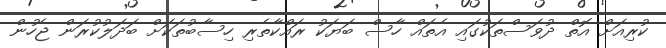
ކުރިއަށް އޮތް ދުވަސްތަކުގައި އެތައް ހާސް ބަޔަކު ރައްކާތެރި ހިސާބުތަކަށް ބަދަލުކުރަން ޖެހުން